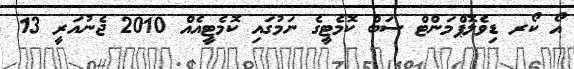
އޯ ކޯރ ޑިވެލޮޕްމަންޓް ސަބް ކޮމެޓީގެ ނަމުގައި ކޮމެޓީއެއް 2010 ޖެނުއަރީ 13